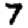
Digit: 7